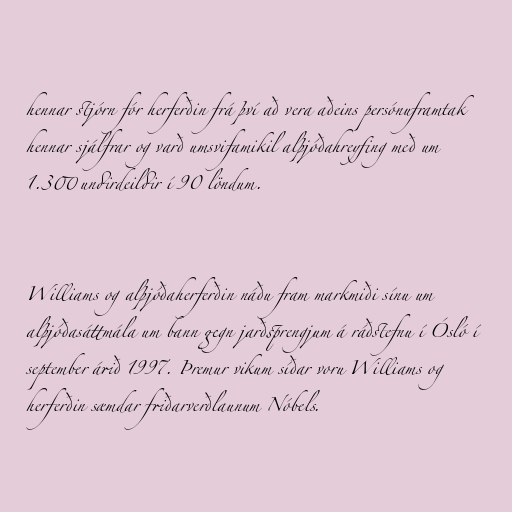
hennar stjórn fór herferðin frá því að vera aðeins persónuframtak
hennar sjálfrar og varð umsvifamikil alþjóðahreyfing með um
1.300 undirdeildir í 90 löndum.

Williams og alþjóðaherferðin náðu fram markmiði sínu um
alþjóðasáttmála um bann gegn jarðsprengjum á ráðstefnu í Ósló í
september árið 1997. Þremur vikum síðar voru Williams og
herferðin sæmdar friðarverðlaunum Nóbels.